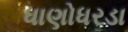
ધાણોધરડા